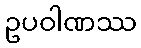
ဥပဝါဏဿ